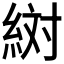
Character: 𬗔